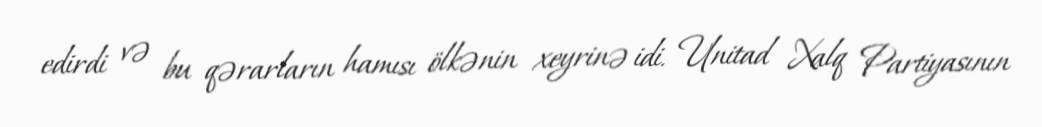
edirdi və bu qərarların hamısı ölkənin xeyrinə idi. Unitad Xalq Partiyasının